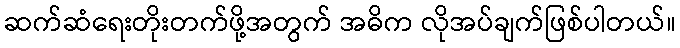
ဆက်ဆံရေးတိုးတက်ဖို့အတွက် အဓိက လိုအပ်ချက်ဖြစ်ပါတယ်။